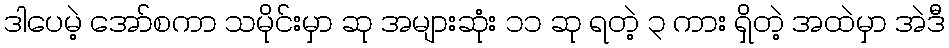
ဒါပေမဲ့ အော်စကာ သမိုင်းမှာ ဆု အများဆုံး ၁၁ ဆု ရတဲ့ ၃ ကား ရှိတဲ့ အထဲမှာ အဲဒီ